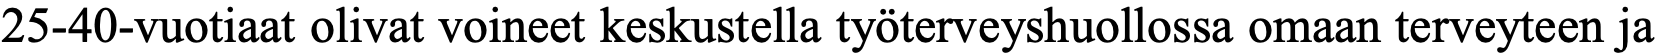
25-40-vuotiaat olivat voineet keskustella työterveyshuollossa omaan terveyteen ja